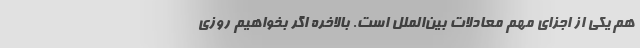
هم یکی از اجزای مهم معادلات بین‌الملل است. بالاخره اگر بخواهیم روزی